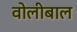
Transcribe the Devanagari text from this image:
वोलीबाल